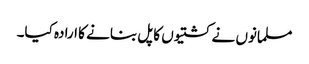
مسلمانوں نے کشتیوں کا پل بنانے کا ارادہ کیا۔